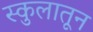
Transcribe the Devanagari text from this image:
स्कुलातून